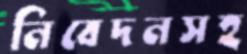
নিবেদনসহ